Report of cholera committee
Disease focus: Cholera
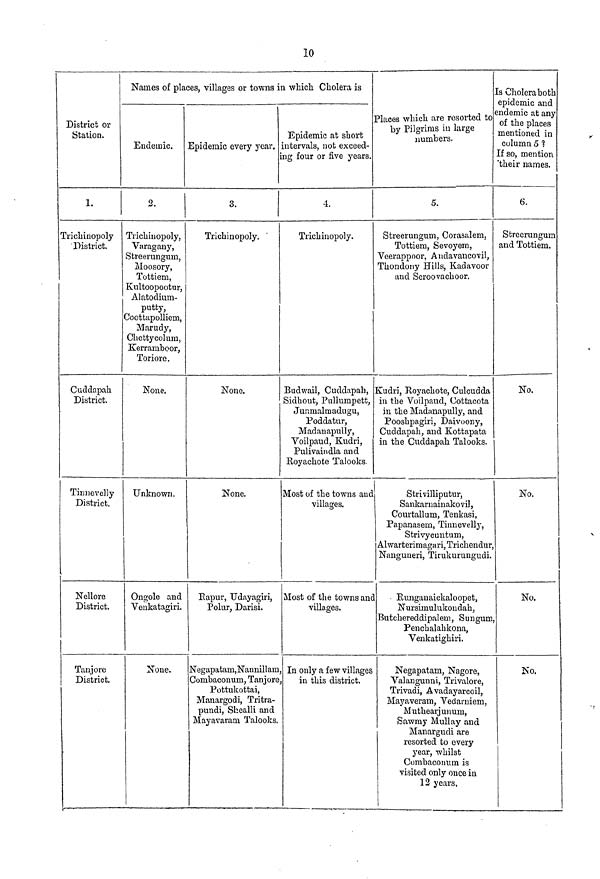
10
District or
Station.
1.
Trichinopoly
District.
Cuddapah
District.
Tinnevelly
District.
Nellore
District.
Tanjore
District.
Names of places, villages or towns in which Cholera is
Endemic.
2.
Trichinopoly,
Varagany,
Streerungum,
Moosory,
Tottiem,
Kultoopootur,
Alatodium-
putty,
Coottapolliem,
Marudy,
Chettycolum,
Kerramboor,
Toriore.
None.
Unknown.
Ongole and
Venkatagiri.
None.
Epidemic every year.
3.
Trichinopoly.
None.
None.
Rapur, Udayagiri,
Polur, Darisi.
Negapatam, Nannillam
Combaconum, Tanjore
Pottukottai,
Manargodi, Tritra-
pundi, Shealli and
Mayavaram Talooks.
Epidemic at short
intervals, not exceed-
ing four or five years.
4.
Trichinopoly.
Budwail, Cuddapah,
Sidhout, Pullumpett,
Junmalmadugu,
Poddatur,
Madanapully,
Voilpaud, Kudri,
Pulivaindla and
Koyachote Talooks.
Most of the towns and
villages.
Most of the towns and
villages.
, In only a few villages
in this district.
Places which are resorted to
by Pilgrims in large
numbers.
5.
Streerungum, Corasalem,
Tottiem, Sevoyem,
Veerappoor, Andavancovil,
Thondony Hills, Kadavoor
and Seroovachoor.
Kudri, Royachote, Culcudda
in the Voilpaud, Uottacota
in the Madanapully, and
Pooshpagiri, Daivoony,
Cuddapah, and Kottapata
in the Cuddapah Talooks.
Strivilliputur,
Sankarnainakovil,
Courtallum, Tenkasi,
Papanasern, Tinnevelly,
Strivycuntum,
Alwarterimagari, Trichendur,
Nanguneri, Tirukurungudi.
Runganaickaloopet,
Nursimulukondah,
Butchereddipalem, Sungum,
Penchalahkona,
Venkatighiri.
Negapatam, Nagore,
Valangunni, Trivalore,
Trivadi, Avadayarcoil,
Mayaveram, Vedarniem,
Muthearjunum,
Sawmy Mullay and
Manargudi are
resorted to every
year, whilst
Combaconum is
visited only once in
12 years.
[s Cholera both
epidemic and
endemic at any
of the places
mentioned in
column 5 ?
If so, mention
'their names.
6.
Streerungum
and Tottiem.
No.
No.
No.
No.